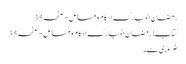
رمضان المبارک احکام و مسائل - صفحہ 35
کتاب: رمضان المبارک احکام و مسائل - صفحہ 35
ضروری ہے۔